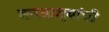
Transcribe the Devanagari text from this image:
करदात्यांची